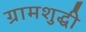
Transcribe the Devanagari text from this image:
ग्रामशुद्धी